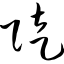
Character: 陡